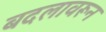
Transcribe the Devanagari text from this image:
बदलावरून